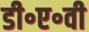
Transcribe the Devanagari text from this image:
डी॰ए॰वी